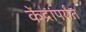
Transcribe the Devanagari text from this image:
केंद्रांपर्यंत